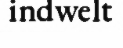
indwelt